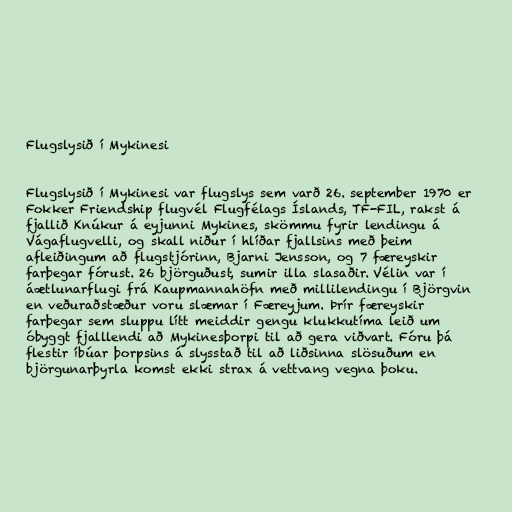
Flugslysið í Mykinesi

Flugslysið í Mykinesi var flugslys sem varð 26. september 1970 er
Fokker Friendship flugvél Flugfélags Íslands, TF-FIL, rakst á
fjallið Knúkur á eyjunni Mykines, skömmu fyrir lendingu á
Vágaflugvelli, og skall niður í hlíðar fjallsins með þeim
afleiðingum að flugstjórinn, Bjarni Jensson, og 7 færeyskir
farþegar fórust. 26 björguðust, sumir illa slasaðir. Vélin var í
áætlunarflugi frá Kaupmannahöfn með millilendingu í Björgvin
en veðuraðstæður voru slæmar í Færeyjum. Þrír færeyskir
farþegar sem sluppu lítt meiddir gengu klukkutíma leið um
óbyggt fjalllendi að Mykinesþorpi til að gera viðvart. Fóru þá
flestir íbúar þorpsins á slysstað til að liðsinna slösuðum en
björgunarþyrla komst ekki strax á vettvang vegna þoku.